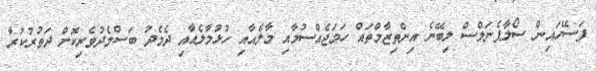
ފަސޭހައިން ސޯލާޕެނަލްސް ލިބޭނެ އިންތިޒާމްތައް ހަމަޖެއްސުމާއި މާލެއާއި ހުޅުމާލެއާއި ދެމެދު ބަސްމެދުވެރިކޮށް ދަތުރުކުރާ